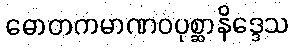
ဓောတကမာဏဝပုစ္ဆာနိဒ္ဒေသ